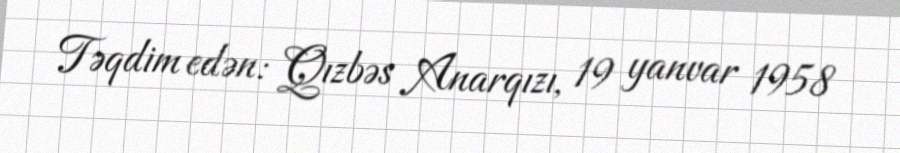
Təqdim edən: Qızbəs Anarqızı, 19 yanvar 1958